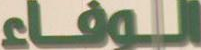
الوفاء